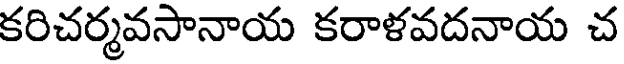
కరిచర్మవసానాయ కరాళవదనాయ చ